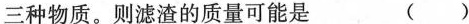
三种物质。则滤渣的质量可能是 ( )